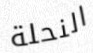
النحلة